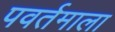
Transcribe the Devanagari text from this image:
पवर्तमाला